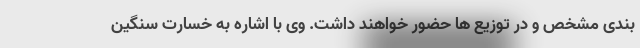
بندی مشخص و در توزیع ها حضور خواهند داشت. وی با اشاره به خسارت سنگین